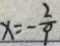
x = - \frac { 2 } { 9 }